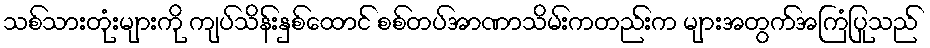
သစ်သားတုံးများကို ကျပ်သိန်းနှစ်ထောင် စစ်တပ်အာဏာသိမ်းကတည်းက များအတွက်အကြံပြုသည်